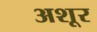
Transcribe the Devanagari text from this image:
अशूर